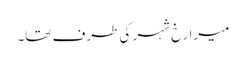
میرا رخ شہر کی طرف تھا۔